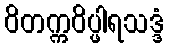
ဝိတက္ကဝိပ္ဖါရသဒ္ဒံ